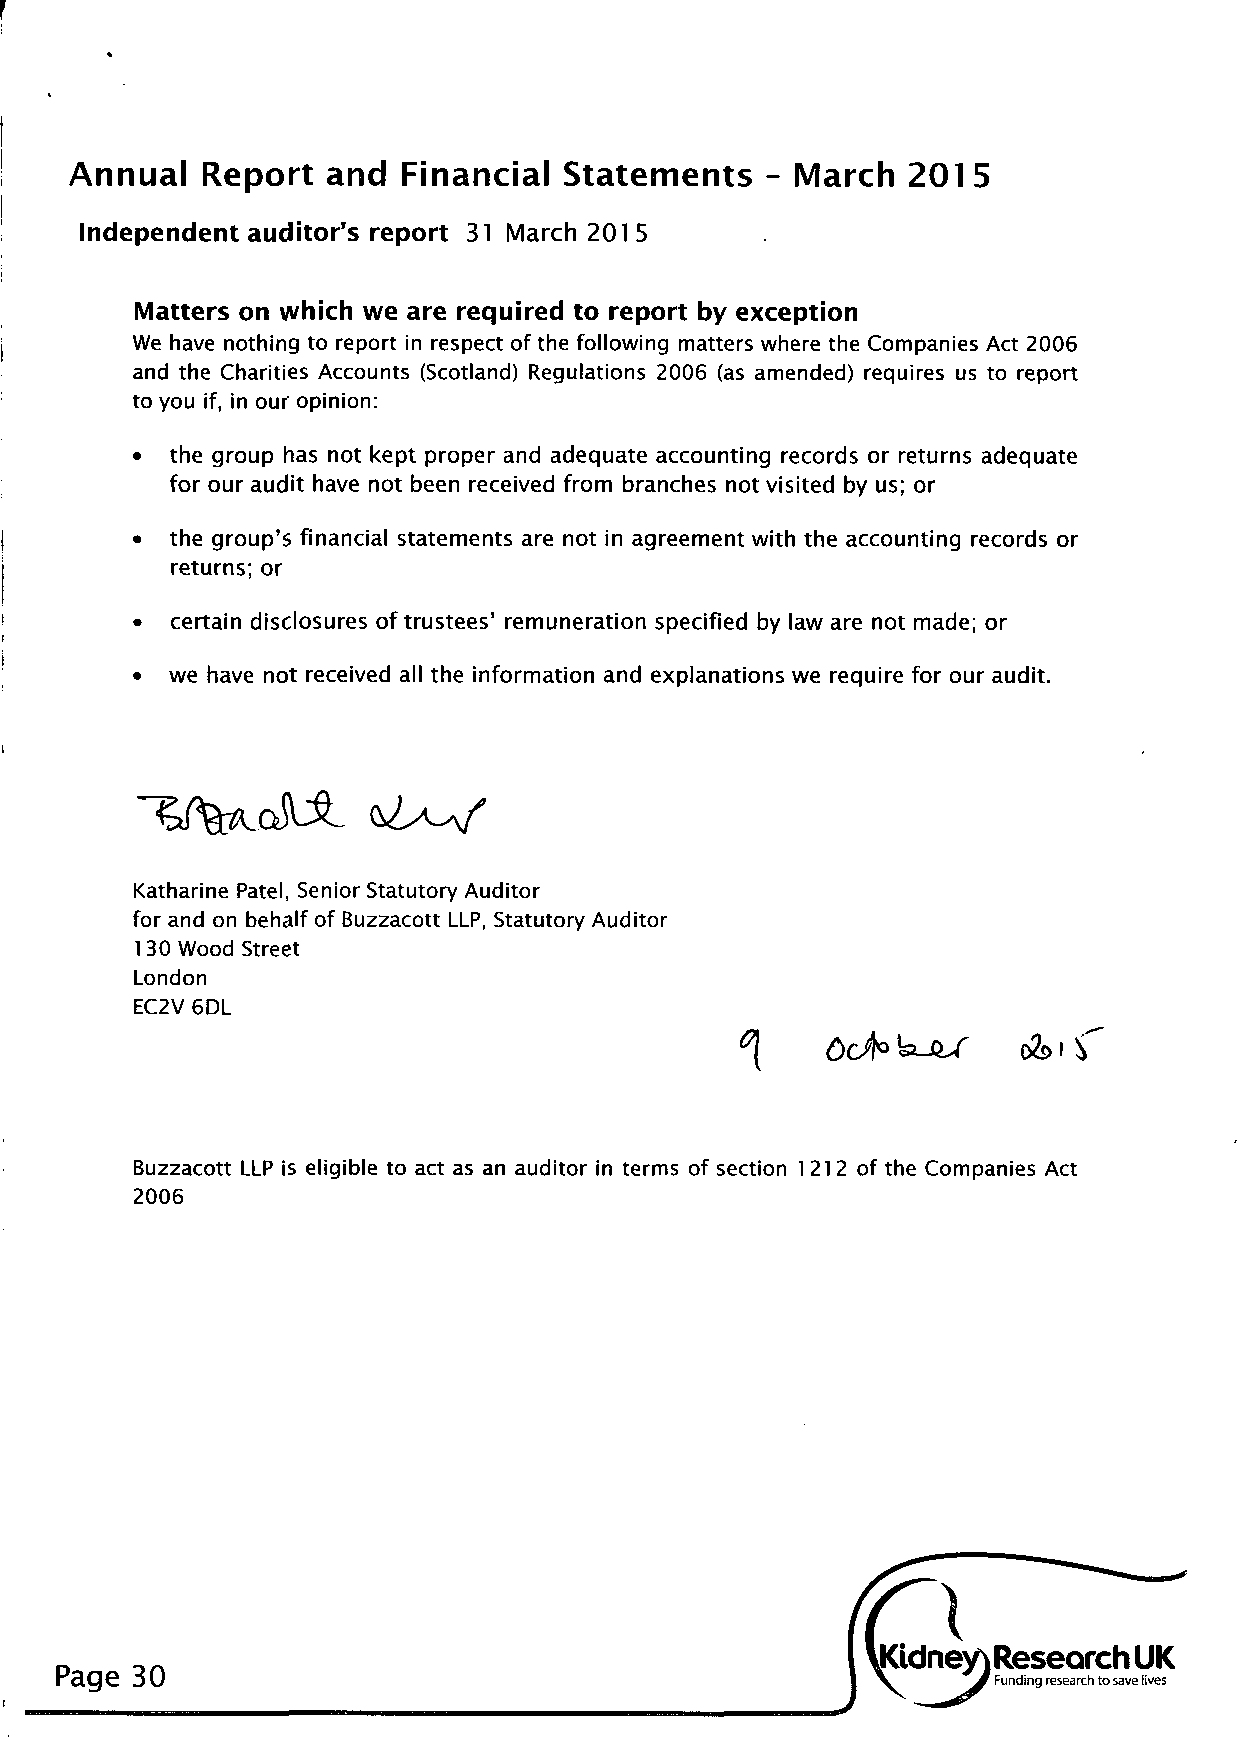
Annual  Report  and  Financial  Statements   - March   2015
 Independent auditor's report 31 March 201 5
 Matters on which we are required to report by exception
 We have nothing to report in respect of the following matters where the Companies Act 2006
 and the Charities Accounts (Scotland) Regulations 2006 (as amended) requires us to report
 to you if, in our opinion:
 • the group has not kept proper and adequate accounting records or returns adequate
 for our audit have not been received from branches not visited by us; or
 • the group's financial statements are not in agreement with the accounting records or
 returns; or
 • certain disclosures of trustees' remuneration specified by law are not made; or
 • we have not received all the information and explanations we require for our audit.
 Katharine Patel, Senior Statutory Auditor
 for and on behalf of Buzzacott LLP, Statutory Auditor
 130 Wood Street
 London
 EC2V 6DL
 Buzzacott LLP is eligible to act as an auditor in terms of section 1212 of the Companies Act
 2006
 Page 30